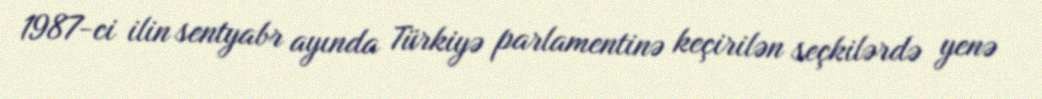
1987-ci ilin sentyabr ayında Türkiyə parlamentinə keçirilən seçkilərdə yenə